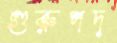
গুরুপদ